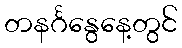
တနင်္ဂနွေနေ့တွင်